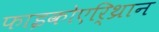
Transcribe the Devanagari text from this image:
फाइकोएरि्थ्रान